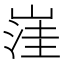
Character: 𱛿